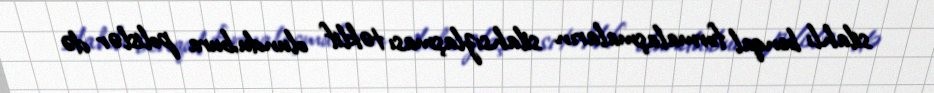
silahlı benqal formalaşmaların silahsızlaşması təklif olundu,bura polislər də